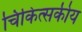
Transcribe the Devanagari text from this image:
चिकित्‍सकीय